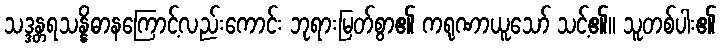
သဒ္ဒန္တရသန္နိဓာနကြောင့်လည်းကောင်း ဘုရားမြတ်စွာ၏ ကရုဏာယူသော် သင့်၏။ သူတစ်ပါး၏